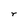
Character: r